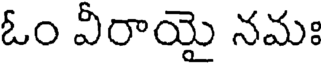
ఓం వీరాయై నమః